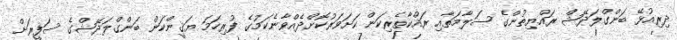
ދިރިއުޅޭ ބަންގްލަދޭޝް ރައްޔިތުންގެ ސަލާމަތާއި ރައްކާތެރިކަން ކަށަވަރުކޮށްދެއްވާނެކަމުގެ ފުރިހަމަ ޔަޤީންކަން ބަންގްލަދޭޝްގެ ސަފީރަށް